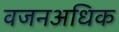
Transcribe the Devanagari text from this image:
वजनअधिक